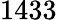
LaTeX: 1433